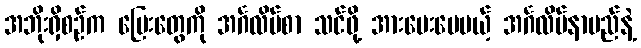
အဘိုးရှိစဉ်က မြေးတွေကို အင်္ဂလိပ်စာ သင်ဖို့ အားပေးပေမယ့် အင်္ဂလိပ်နာမည်နဲ့